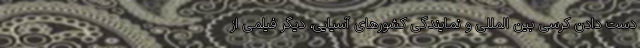
دست دادن کرسی بین المللی و نمایندگی کشورهای آسیایی، دیگر فیلمی از